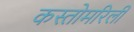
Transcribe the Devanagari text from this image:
कस्तोमरिली